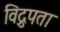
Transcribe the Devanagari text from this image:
विद्रुपता